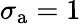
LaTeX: \sigma_{\mathrm{a}}=1